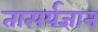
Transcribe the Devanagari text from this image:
तात्पर्यज्ञान